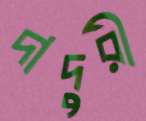
দাদুরী